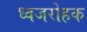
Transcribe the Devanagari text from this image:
ध्वजरोहक